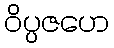
ဝိပ္ပဇဟေ